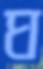
ঘ